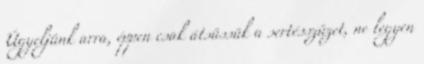
Ügyeljünk arra, éppen csak átsüssük a sertésszüzet, ne legyen